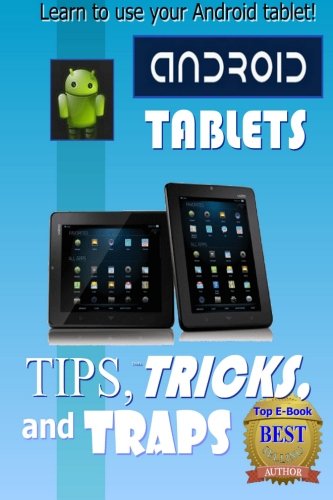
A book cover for Android Tablet Tips, Tricks, and Traps: A How-To Tutorial for all Android Tablet; Edward C Jones; Computers & Technology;